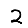
Digit: 2